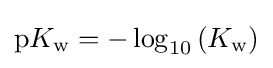
\mathrm {p} K_{\text{w}}=-\log _{10}\left(K_{\text{w}}\right)